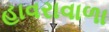
હાવરાવાળા